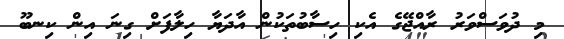
މި ދުވަސްވަރު ރާއްޖޭގެ އެކި ހިސާބުތަކުން އާދަޔާ ހިލާފަށް ގިނަ އިން ކިނބޫ